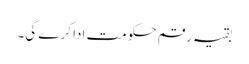
بقیہ رقم حکومت ادا کرے گی۔